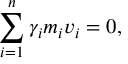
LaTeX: \sum _ { i = 1 } ^ { n } \gamma _ { i } m _ { i } v _ { i } = 0 ,